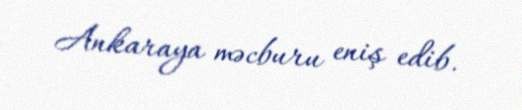
Ankaraya məcburu eniş edib.